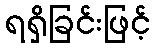
ရရှိခြင်းဖြင့်